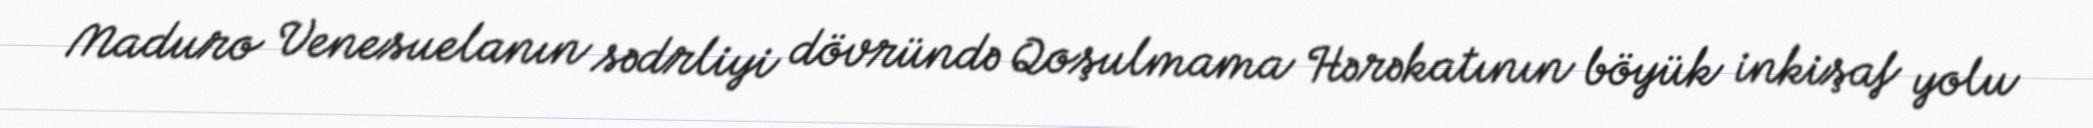
Maduro Venesuelanın sədrliyi dövründə Qoşulmama Hərəkatının böyük inkişaf yolu